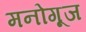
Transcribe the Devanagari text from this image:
मनोगूज